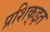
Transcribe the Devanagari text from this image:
प्रशिक्इत